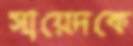
সায়েদকে